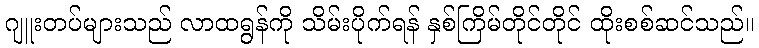
ဂျူးတပ်များသည် လာထရွန်ကို သိမ်းပိုက်ရန် နှစ်ကြိမ်တိုင်တိုင် ထိုးစစ်ဆင်သည်။